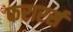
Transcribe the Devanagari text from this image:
फरारर्स